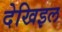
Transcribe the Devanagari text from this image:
देखिइल